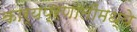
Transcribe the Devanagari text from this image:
कार्यप्रणालींमध्ये